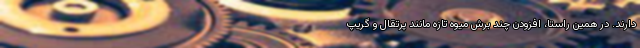
دارند. در همین راستا، افزودن چند برش میوه تازه مانند پرتقال و گریپ